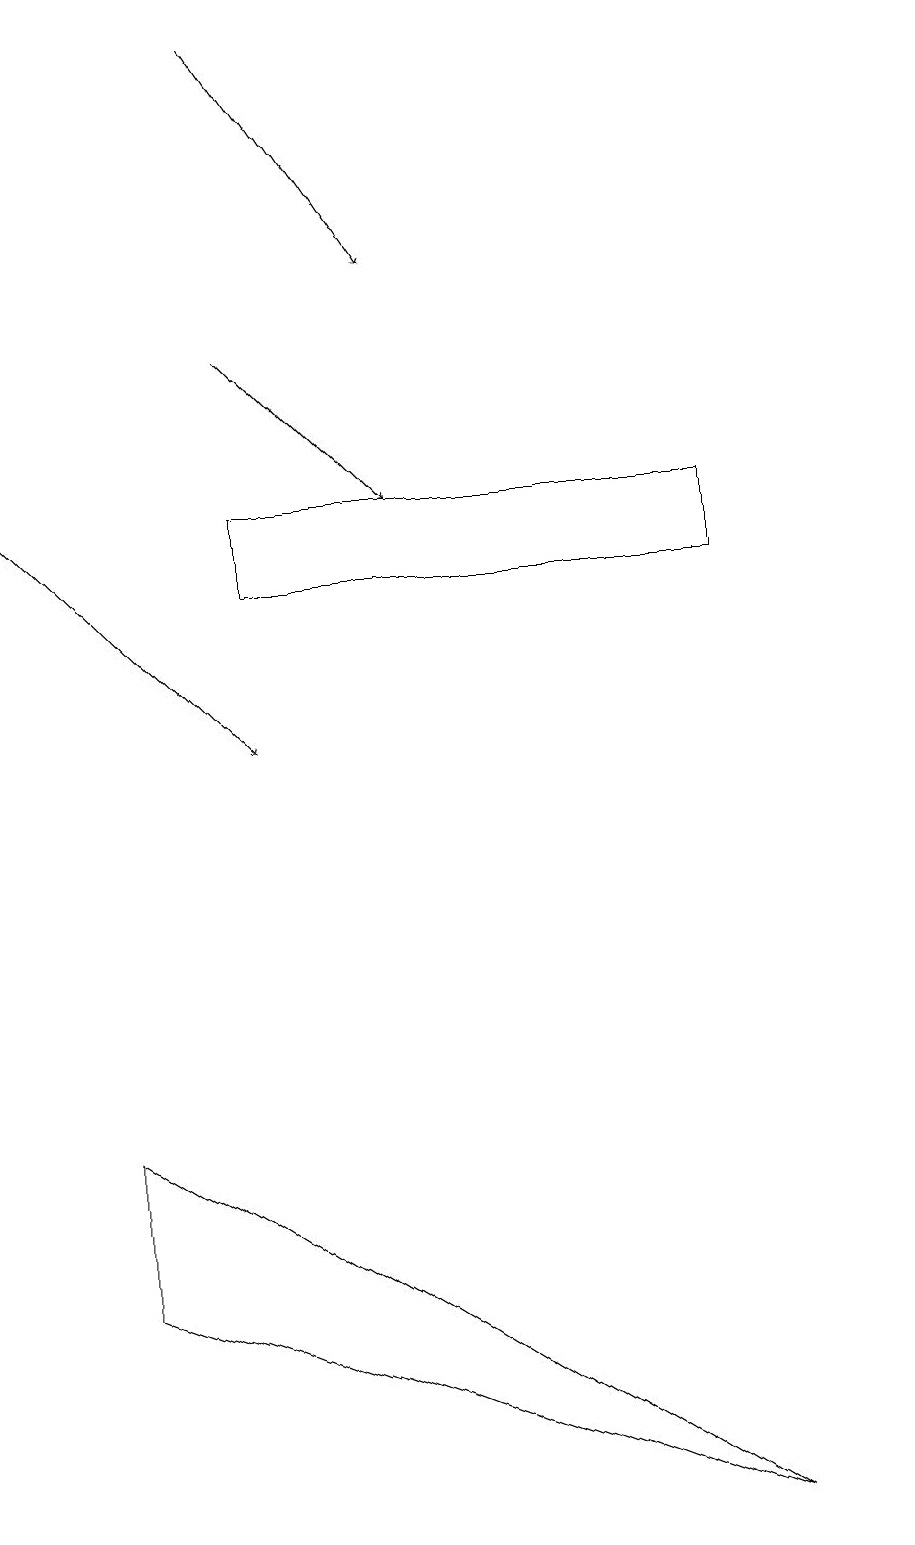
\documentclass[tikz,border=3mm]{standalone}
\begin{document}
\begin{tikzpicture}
\draw[->] (0,13) -- (3,10);
\draw (3,13) rectangle (9,12);
\draw (1,3) -- (9,0) -- (1,5) -- cycle;
\draw[->] (3,15) -- (5,13);
\draw[->] (3,19) -- (5,16);
\draw (11,12) circle (0);
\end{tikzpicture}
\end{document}